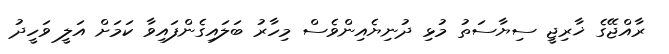
ރާއްޖޭގެ ޚާރިޖީ ސިޔާސަތު މުޅި ދުނިޔެއިންވެސް މިހާރު ބަލައިގެންފައިވާ ކަމަށް އަލީ ވަހީދު